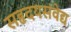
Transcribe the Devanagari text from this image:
सहृदयसंवेद्य